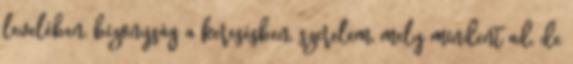
levelében, bizonyság a keresésben, szerelem, mely mindent ad, de